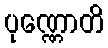
ပုဏ္ဏောတိ